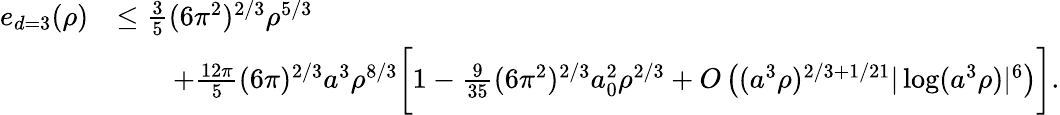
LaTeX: \begin{array}{rl}{e_{d=3}(\rho)}&{\leq\frac{3}{5}(6\pi^{2})^{2/3}\rho^{5/3}}\\ &{\qquad+\frac{12\pi}{5}(6\pi)^{2/3}a^{3}\rho^{8/3}\biggl[1-\frac{9}{35}(6\pi^{2})^{2/3}a_{0}^{2}\rho^{2/3}+O\left((a^{3}\rho)^{2/3+1/21}|\log(a^{3}\rho)|^{6}\right)\biggr].}\end{array}